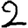
Digit: 2